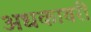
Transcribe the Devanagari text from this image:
अधकावरी